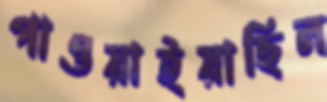
পাওয়াইয়াছিল